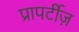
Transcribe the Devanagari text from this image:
प्रापर्टीज़